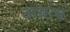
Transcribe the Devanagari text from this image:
अग्रास